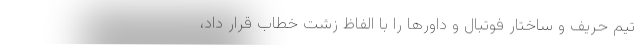
تیم حریف و ساختار فوتبال و داورها را با الفاظ زشت خطاب قرار داد،